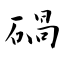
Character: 碢